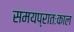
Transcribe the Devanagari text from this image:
समयप्रातःकाल